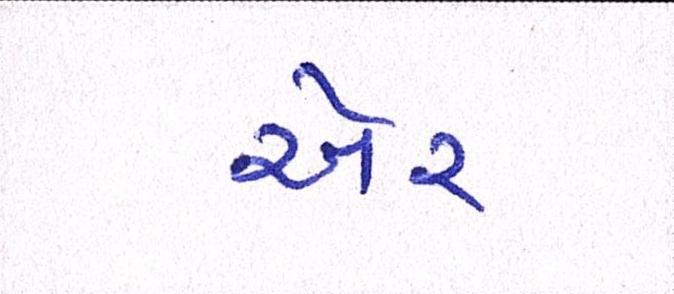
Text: ઍર